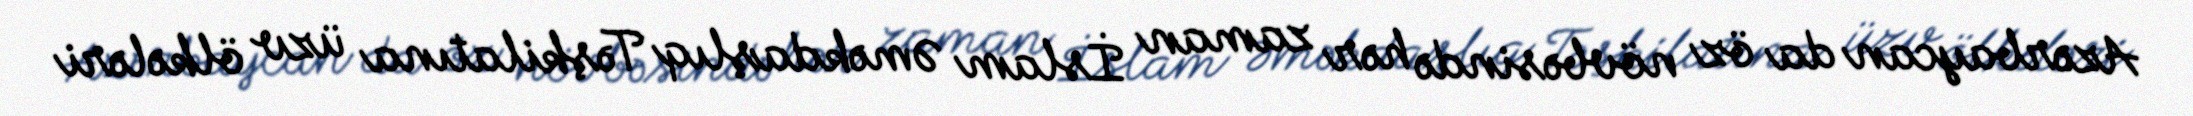
Azərbaycan da öz növbəsində hər zaman İslam Əməkdaşlıq Təşkilatına üzv ölkələri